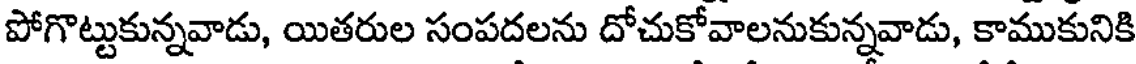
పోగొట్టుకున్నవాడు, యితరుల సంపదలను దోచుకోవాలనుకున్నవాడు, కాముకునికి